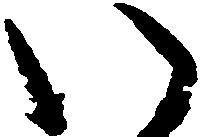
い